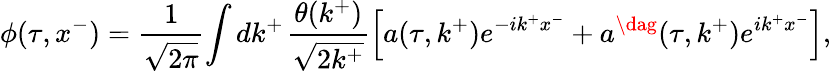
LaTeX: \phi(\tau,x^{-})=\frac{1}{\sqrt{2\pi}}\! \int dk^{+}\; \! \frac{\theta(k^{+})}{\sqrt{2k^{+}}}\left[a(\tau,k^{+})e^{-ik^{+}x^{-}}+{a^{\dag}}(\tau,k^{+})e^{ik^{+}x^{-}}\right],